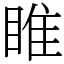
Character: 睢